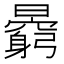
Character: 𣋶